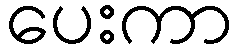
ပေးကာ